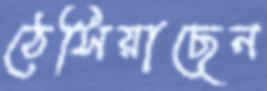
ঠেসিয়াছেন